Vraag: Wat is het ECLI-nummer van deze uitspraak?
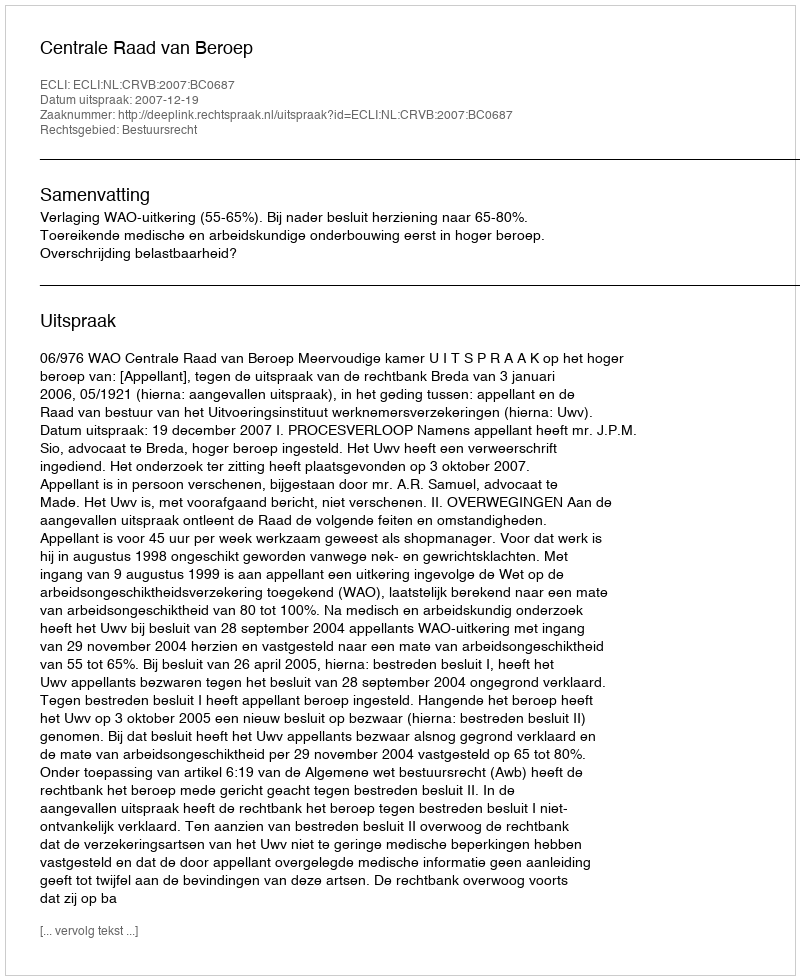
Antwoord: ECLI:NL:CRVB:2007:BC0687